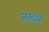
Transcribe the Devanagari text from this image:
तख्‍ते